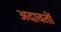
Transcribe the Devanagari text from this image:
अदावतों